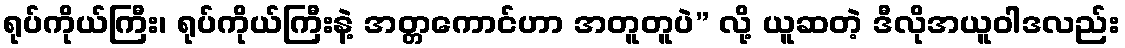
ရုပ်ကိုယ်ကြီး၊ ရုပ်ကိုယ်ကြီးနဲ့ အတ္တကောင်ဟာ အတူတူပဲ” လို့ ယူဆတဲ့ ဒီလိုအယူဝါဒလည်း